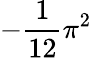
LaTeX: -{\frac{1}{12}}\pi^{2}